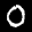
Label: 0